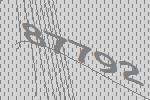
87792